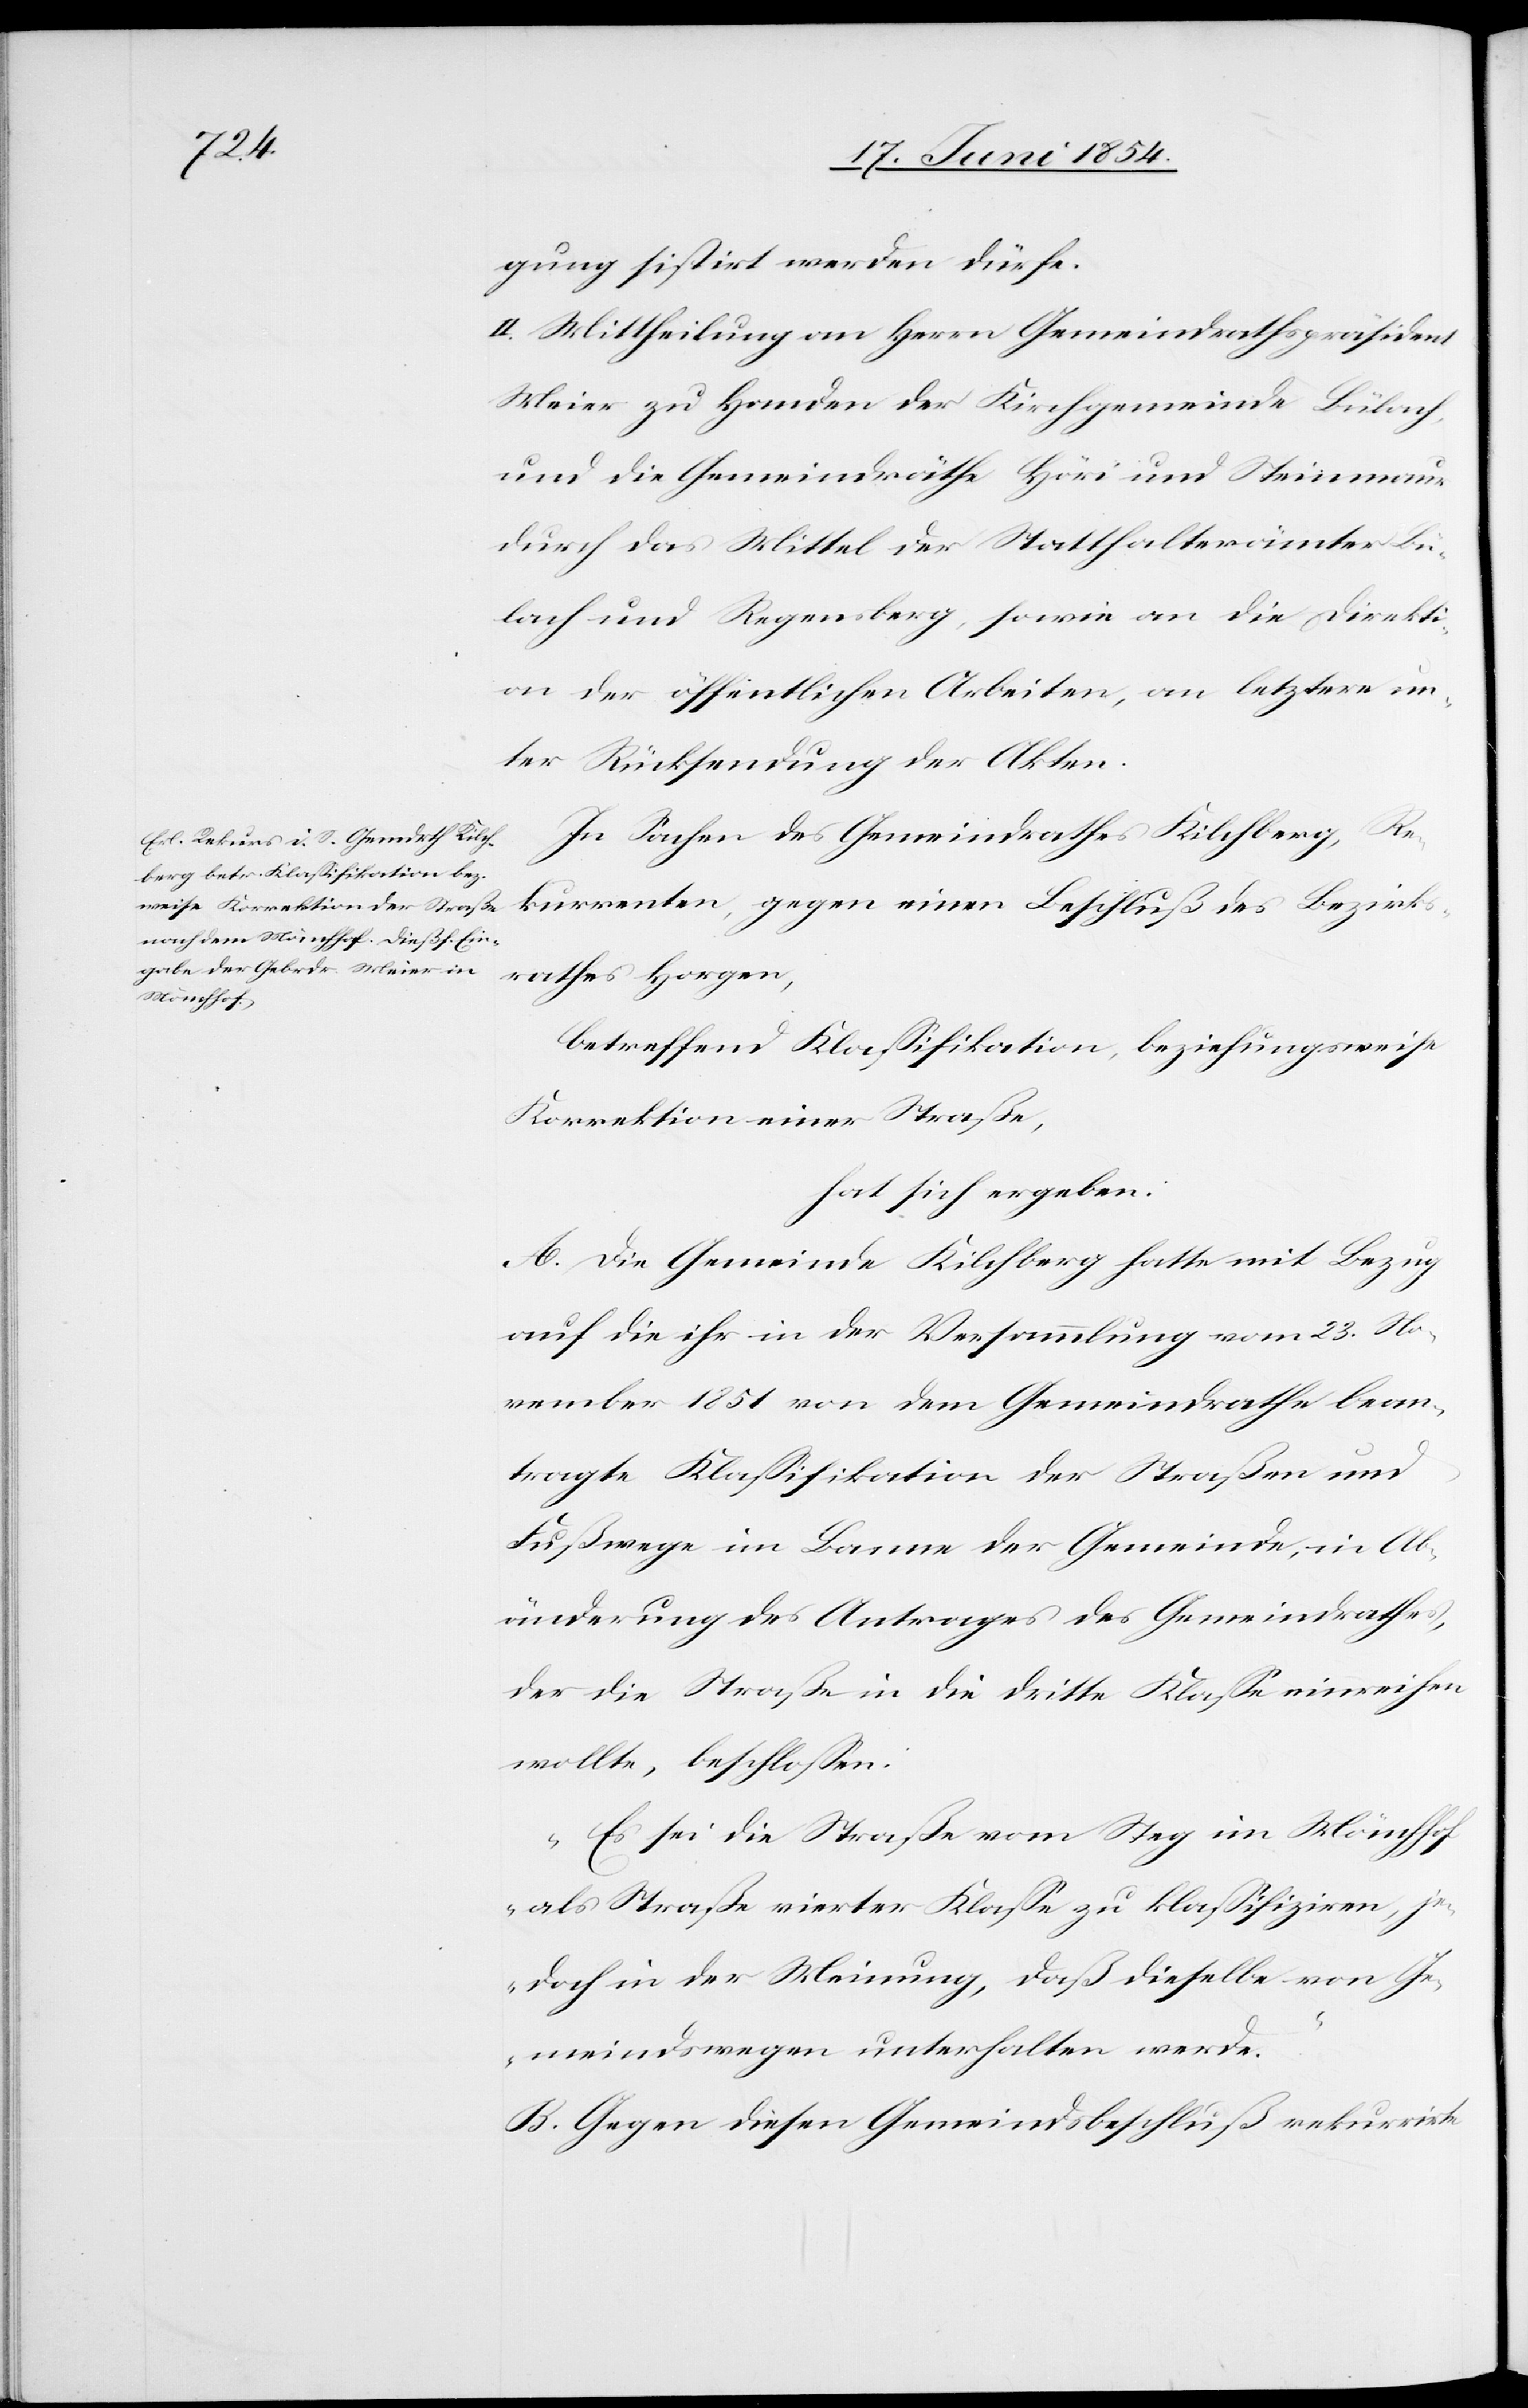
gung sistirt werden dürfe.
II. Mittheilung an Herrn Gemeindrathspräsident
Meier zu Handen der Kirchgemeinde Bülach,
und die Gemeindräthe Höri und Steinmaur
durch das Mittel der Statthalterämter Bü¬
lach und Regensberg, sowie an die Direkti¬
on der öffentlichen Arbeiten, an letztere un¬
ter Rücksendung der Akten.
In Sachen des Gemeindrathes Kilchberg, Re¬
kurrenten, gegen einen Beschluß des Bezirks¬
rathes Horgen,
betreffend Klaßifikation, beziehungsweise
Korrektion einer Straße,
hat sich ergeben:
A. Die Gemeinde Kilchberg hatte mit Bezug
auf die ihr in der Versammlung vom 23. No¬
vember 1851 von dem Gemeindrathe bean¬
tragte Klaßifikation der Straßen und
Fußwege im Banne der Gemeinde, in Ab¬
änderung des Antrages des Gemeindrathes,
der die Straße in die dritte Klaße einreichen
wollte, beschloßen:
„Es sei die Straße vom Steg im Mönchhof
als Straße vierter Klaße zu klaßifiziren, j¬
edoch in der Meinung, daß dieselbe von Ge¬
meindswegen unterhalten werde.“
B. Gegen diesen Gemeindsbeschluß rekurrirte